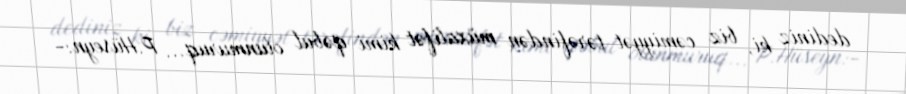
dediniz ki, biz cəmiyyət tərəfindən müxalifət kimi qəbul olunmuruq... P.Hüseyn:-